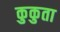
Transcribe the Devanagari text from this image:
कुकुता